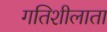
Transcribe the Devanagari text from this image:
गतिशीलाता